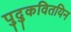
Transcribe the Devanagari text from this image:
पुदुकवितयिन